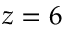
z = 6